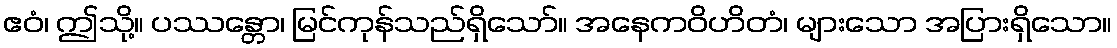
ဧဝံ၊ ဤသို့။ ပဿန္တော၊ မြင်ကုန်သည်ရှိသော်။ အနေကဝိဟိတံ၊ များသော အပြားရှိသော။